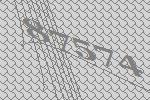
87574